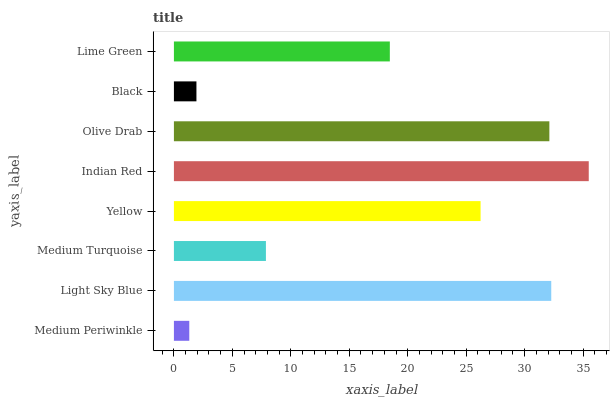
| yaxis_label | bars |
 | --- | --- |
 | Medium Periwinkle | 1.32 |
 | Light Sky Blue | 32.3 |
 | Medium Turquoise | 7.87 |
 | Yellow | 26.2 |
 | Indian Red | 35.5 |
 | Olive Drab | 32.1 |
 | Black | 1.93 |
 | Lime Green | 18.5 |